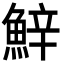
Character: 𩷔